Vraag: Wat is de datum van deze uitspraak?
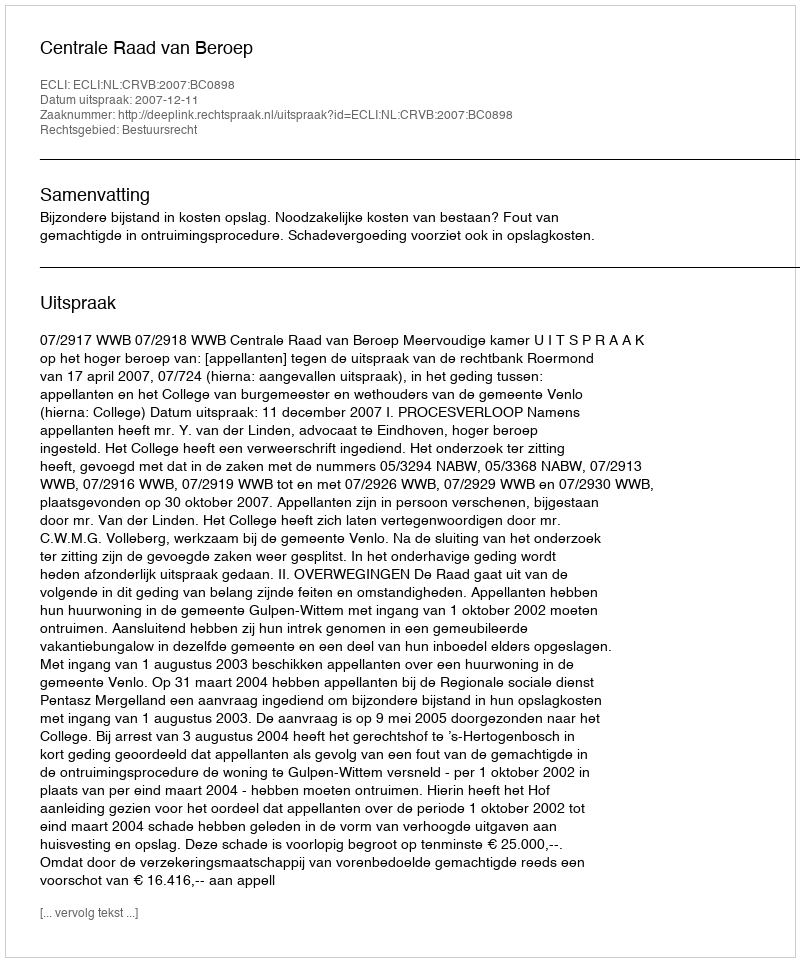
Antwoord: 2007-12-11